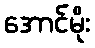
အောင်မိုး